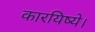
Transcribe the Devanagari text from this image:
कारयिष्ये।